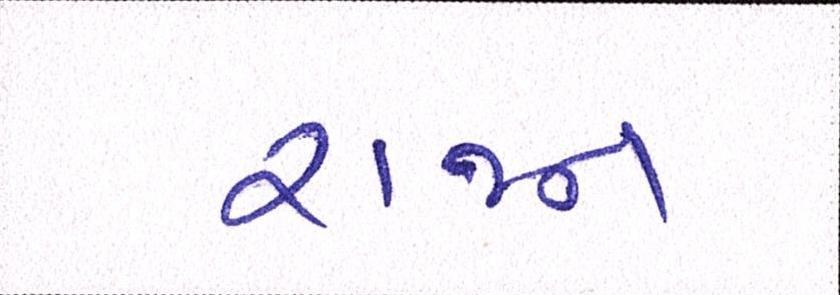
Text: રાજન